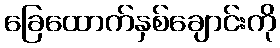
ခြေထောက်နှစ်ချောင်းကို